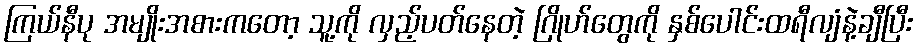
ကြယ်နီပု အမျိုးအစားကတော့ သူ့ကို လှည့်ပတ်နေတဲ့ ဂြိုဟ်တွေကို နှစ်ပေါင်းထရီလျံနဲ့ချီပြီး